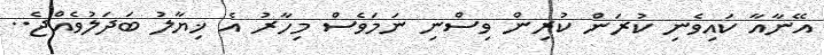
އޭނާއާ ކައިވެނި ކުރަން ކުރިން ވިސްނި ނަމަވެސް މިހާރު އެ ޚިޔާލު ބަދަލުވެއްޖެ..